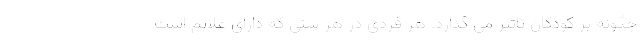
چگونه بر کودکان تاثیر می گذارد. هر فردی در هر سنی که دارای علائم است